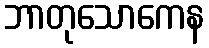
ဘာတုသောကေန